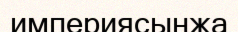
империясынжа